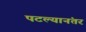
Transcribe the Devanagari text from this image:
पटल्यानंतर